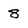
Character: 8